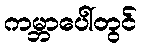
ကမ္ဘာပေါ်တွင်